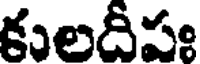
కులదీపః